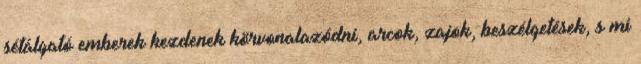
sétálgató emberek kezdenek körvonalazódni, arcok, zajok, beszélgetések, s mi